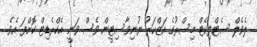
ލެވެލް ސެޓްފިކެޓް މިސްރުގެ އަޒްހަރު ޔުނިވާސިޓީން ވެސް ވަނީ އެކްރެޑިޓް ކޮށްފަ އެވެ.